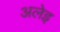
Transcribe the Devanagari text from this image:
अलेइ